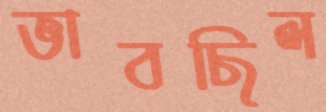
ভাবছিল